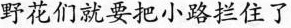
野花们就要把小路拦住了